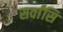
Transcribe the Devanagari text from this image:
सर्वांसि